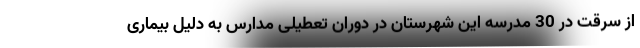
از سرقت در 30 مدرسه این شهرستان در دوران تعطیلی مدارس به دلیل بیماری